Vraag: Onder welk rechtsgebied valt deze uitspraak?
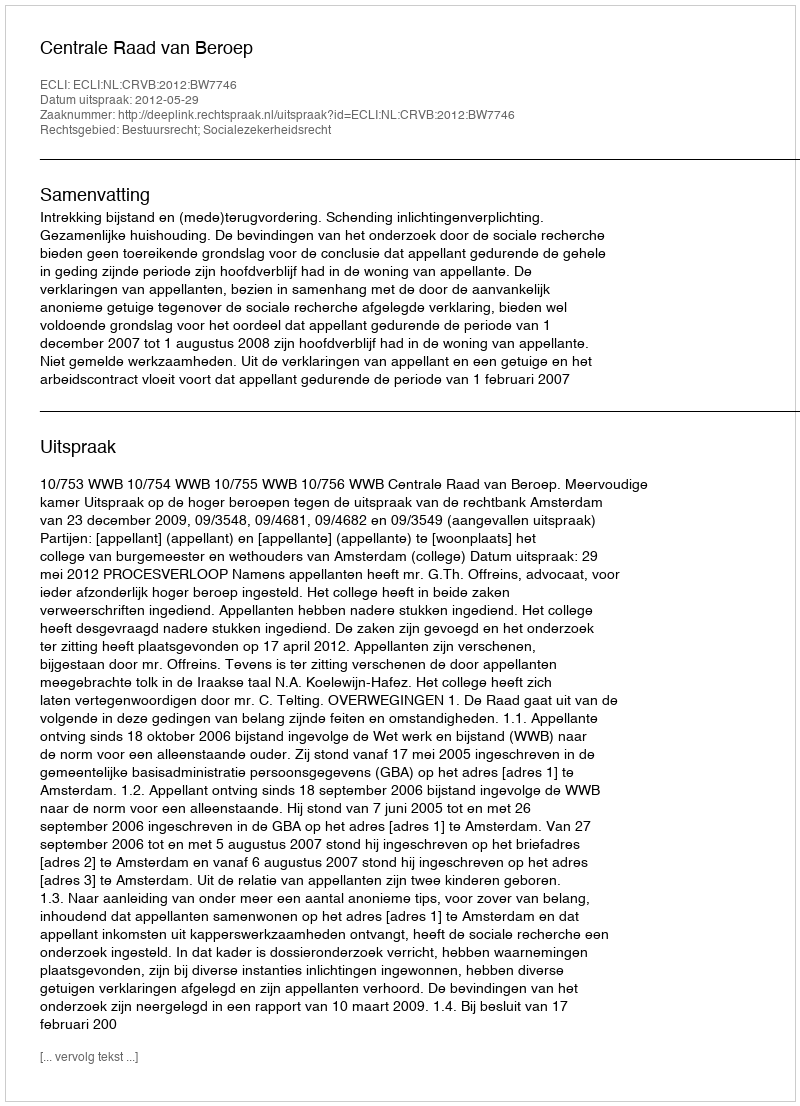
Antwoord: Bestuursrecht; Socialezekerheidsrecht